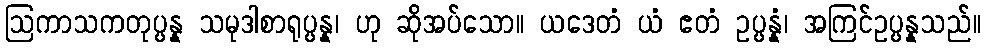
ဩကာသကတုပ္ပန္န သမုဒါစာရုပ္ပန္န၊ ဟု ဆိုအပ်သော။ ယဒေတံ ယံ ဧတံ ဥပ္ပန္နံ၊ အကြင်ဥပ္ပန္နသည်။